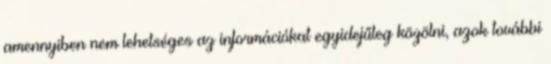
amennyiben nem lehetséges az információkat egyidejűleg közölni, azok további